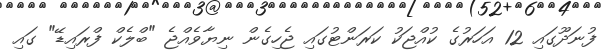
ފުނަދޫގައި 12 އަހަރުގެ ކުއްޖަކު ކަރަންޓުގައި ޖެހިގެން ނިޔާވެއްޖެ "ބްލެކް ފްރައިޑޭ" ގައި